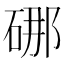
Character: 𪿣